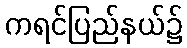
ကရင်ပြည်နယ်၌